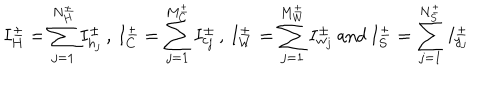
I _ { H } ^ { \pm } = \sum _ { j = 1 } ^ { N _ { H } ^ { \pm } } I _ { h _ { j } } ^ { \pm } \, , \, I _ { C } ^ { \pm } = \sum _ { j = 1 } ^ { M _ { C } ^ { \pm } } I _ { c _ { j } } ^ { \pm } \, , \, I _ { W } ^ { \pm } = \sum _ { j = 1 } ^ { M _ { W } ^ { \pm } } I _ { w _ { j } } ^ { \pm } \, \mathrm { a n d } \, I _ { S } ^ { \pm } = \sum _ { j = 1 } ^ { N _ { S } ^ { \pm } } I _ { y _ { j } } ^ { \pm }